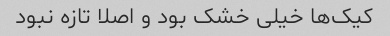
کیک‌ها خیلی خشک بود و اصلا تازه نبود